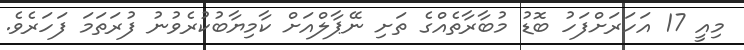
މިއީ 17 އަހަރަށްފަހު ބޮޑު މުބާރާތެއްގެ ތަށި ނޭޕާލްއަށް ކާމިޔާބުކުރެވުނު ފުރަތަމަ ފަހަރެވެ.